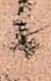
候